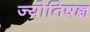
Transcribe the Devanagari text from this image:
ज्योतिषज्ञ